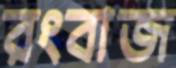
রংবাজ